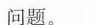
问题。